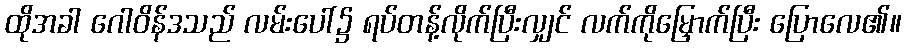
ထိုအခါ ဂေါဝိန်ဒသည် လမ်းပေါ်၌ ရပ်တန့်လိုက်ပြီးလျှင် လက်ကိုမြှောက်ပြီး ပြောလေ၏။